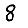
Digit: 8